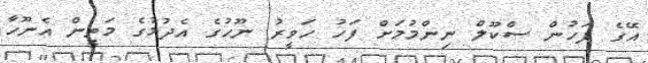
އޭގެ ފަހުން ސްކޫލް ނިންމުމަށް ފަހު ހަވީރު ނޫހުގެ އެދުމުގެ މަތީން އެނޫހާ